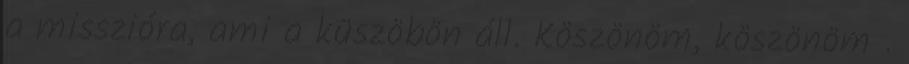
a misszióra, ami a küszöbön áll. Köszönöm, köszönöm .